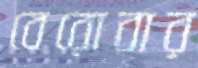
বেরোবার